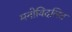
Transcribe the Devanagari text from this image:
मनोविदलित